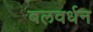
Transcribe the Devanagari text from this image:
बलवर्धन